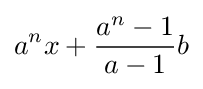
a^{n}x+{\frac {a^{n}-1}{a-1}}b